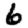
Digit: 6